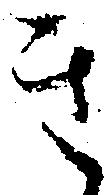
き